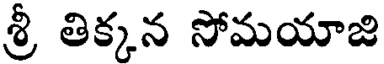
శ్రీ తిక్కన సోమయాజి